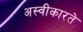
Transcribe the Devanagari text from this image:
अस्‍वीकारते